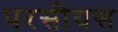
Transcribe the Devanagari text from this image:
परसीयस